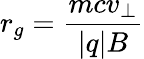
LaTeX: r_{g}={\frac{mcv_{\perp}}{|q|B}}